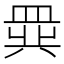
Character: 𬐧